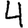
Digit: 4